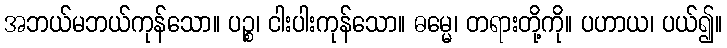
အဘယ်မဘယ်ကုန်သော။ ပဉ္စ၊ ငါးပါးကုန်သော။ ဓမ္မေ၊ တရားတို့ကို။ ပဟာယ၊ ပယ်၍။